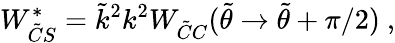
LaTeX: W_{\tilde{C}S}^{*}=\tilde{k}^{2}k^{2}W_{\tilde{C}C}(\tilde{\theta}\rightarrow\tilde{\theta}+\pi/2)~,